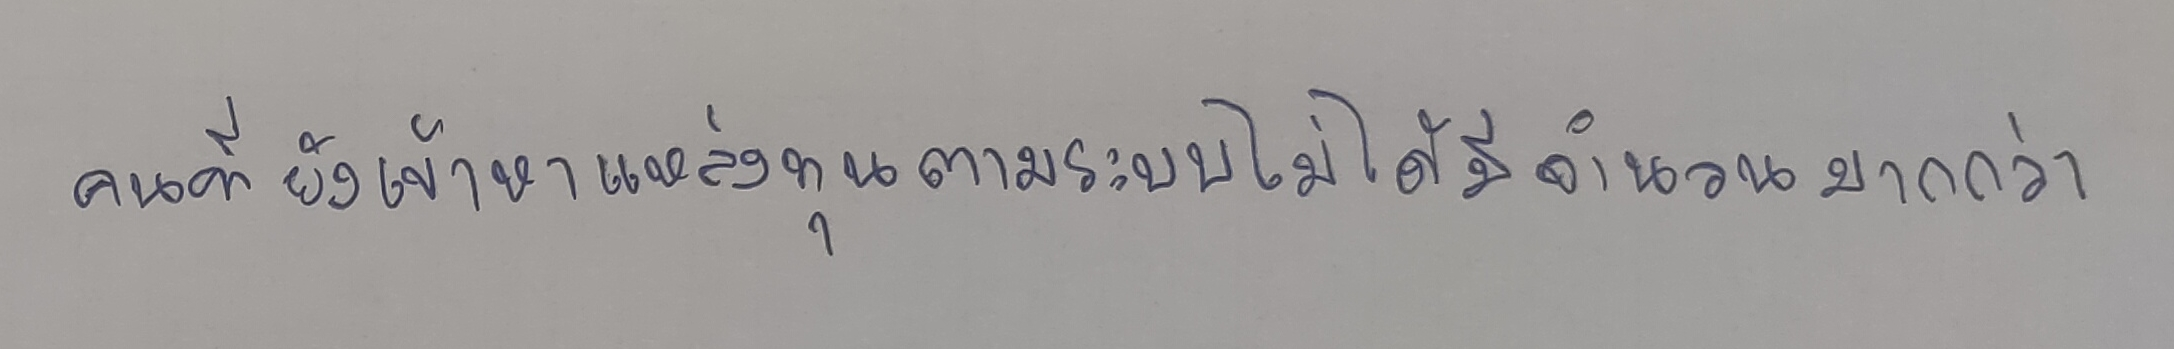
คนที่ยังเข้าหาแหล่งทุนตามระบบไม่ได้มีจำนวนมากกว่า